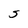
Character: S